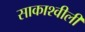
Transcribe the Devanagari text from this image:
साकाश्वीली